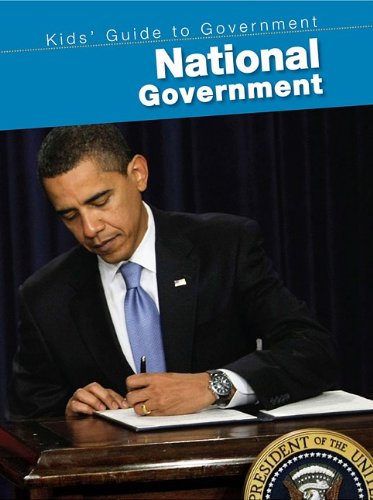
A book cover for National Government (Kids' Guide to Government); Ernestine Giesecke; Children's Books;